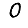
Digit: 0